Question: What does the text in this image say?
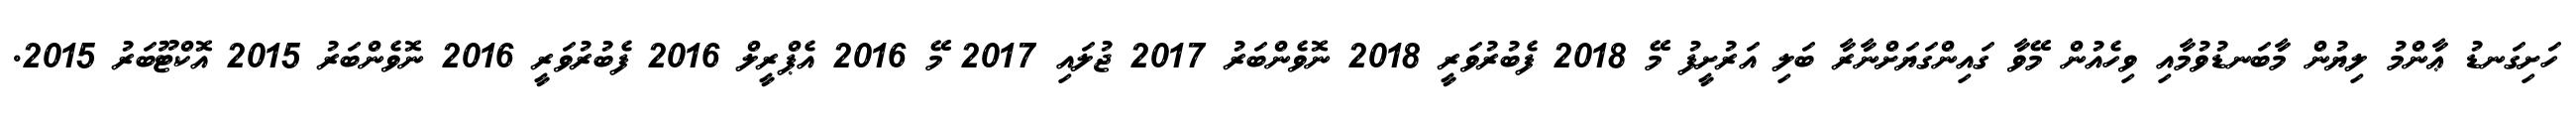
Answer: ހަށިގަނޑު ޢާންމު ލިޔުން މާބަނޑުވުމާއި ވިހެއުން މޭވާ ގައިންގަޔަށްނާރާ ބަލި އަރުށީފު މޭ 2018 ފެބުރުވަރީ 2018 ނޮވެންބަރު 2017 ޖުލައި 2017 މޭ 2016 އެޕްރީލް 2016 ފެބުރުވަރީ 2016 ނޮވެންބަރު 2015 އޮކްޓޫބަރު 2015.